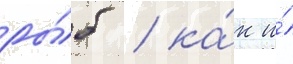
ры́б / ка́к и́